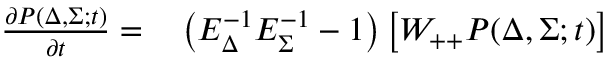
\begin{array} { r l } { \frac { \partial P ( \Delta , \Sigma ; t ) } { \partial t } = } & { { } \left( E _ { \Delta } ^ { - 1 } E _ { \Sigma } ^ { - 1 } - 1 \right) \left[ W _ { + + } P ( \Delta , \Sigma ; t ) \right] } \end{array}